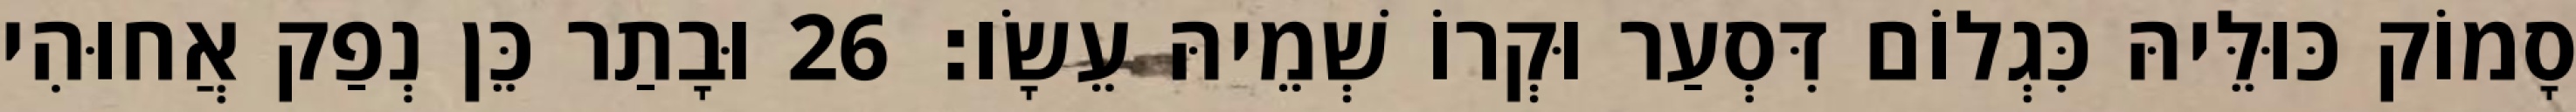
סָמוֹק כּוּלֵּיהּ כִּגְלוֹם דִּסְעַר וּקְרוֹ שְׁמֵיהּ עֵשָׂו׃ 26 וּבָתַר כֵּן נְפַק אֲחוּהִי